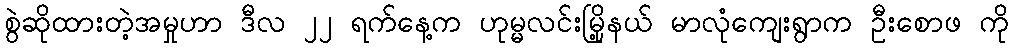
စွဲဆိုထားတဲ့အမှုဟာ ဒီလ ၂၂ ရက်နေ့က ဟုမ္မလင်းမြို့နယ် မာလုံကျေးရွာက ဦးစောဖ ကို